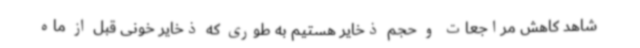
شاهد کاهش مراجعات و حجم ذخایر هستیم به طوری که ذخایر خونی قبل از ماه